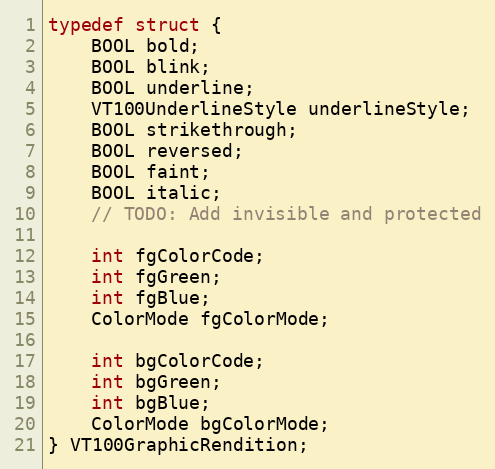
Language: C
typedef struct {
    BOOL bold;
    BOOL blink;
    BOOL underline;
    VT100UnderlineStyle underlineStyle;
    BOOL strikethrough;
    BOOL reversed;
    BOOL faint;
    BOOL italic;
    // TODO: Add invisible and protected

    int fgColorCode;
    int fgGreen;
    int fgBlue;
    ColorMode fgColorMode;

    int bgColorCode;
    int bgGreen;
    int bgBlue;
    ColorMode bgColorMode;
} VT100GraphicRendition;